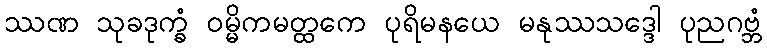
ဿဏ သုခဒုက္ခံ ဝမ္မိကမတ္ထကေ ပုရိမနယေ မနုဿသဒ္ဒေါ ပုညဂဗ္ဘံ